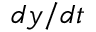
d y / d t